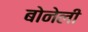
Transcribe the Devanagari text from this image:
बोनेली